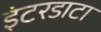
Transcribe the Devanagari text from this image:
इंटरडाटा